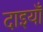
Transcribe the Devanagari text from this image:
दाइयाँ